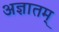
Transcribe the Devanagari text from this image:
अज्ञातम्‌